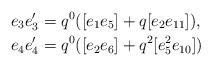
LaTeX: \begin{align*} e_3 e'_3 &= q^0 ([e_1 e_5] + q [e_2 e_{11}]), \\ e_4 e'_4 &= q^0 ([e_2 e_6] + q^2 [e_5^2 e_{10}])\end{align*}